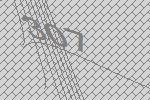
307